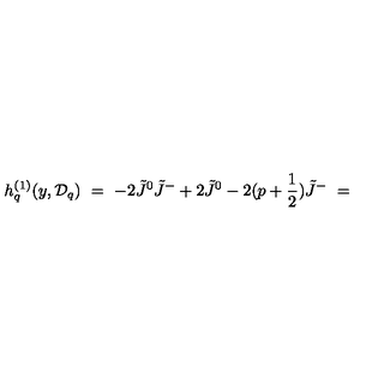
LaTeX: h _ { q } ^ { ( 1 ) } ( y , { \cal D } _ { q } ) \ = \ - 2 \tilde { J } ^ { 0 } \tilde { J } ^ { - } + 2 \tilde { J } ^ { 0 } - 2 ( p + \frac { 1 } { 2 } ) \tilde { J } ^ { - } \ =